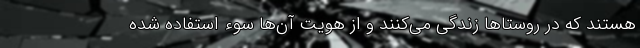
هستند که در روستا‌ها زندگی می‌کنند و از هویت آن‌ها سوء استفاده شده